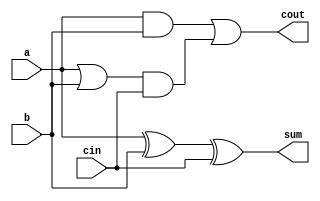
// Verilog code for full adder
 module adder(sum,cout,a,b,cin);  
 input  a,b,cin;  
 output cout,sum;  
 // sum = a xor b xor cin  
 xor #(50) (sum,a,b,cin);  
 // carry out = a.b + cin.(a+b)  
 and #(50) and1(c1,a,b);  
 or #(50) or1(c2,a,b);  
 and #(50) and2(c3,c2,cin);  
 or #(50) or2(cout,c1,c3);  
 endmodule